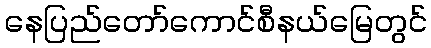
နေပြည်တော်ကောင်စီနယ်မြေတွင်